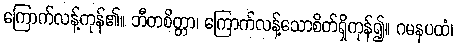
ကြောက်လန့်ကုန်၏။ ဘီတစိတ္တာ၊ ကြောက်လန့်သောစိတ်ရှိကုန်၍။ ဂမနပထံ၊